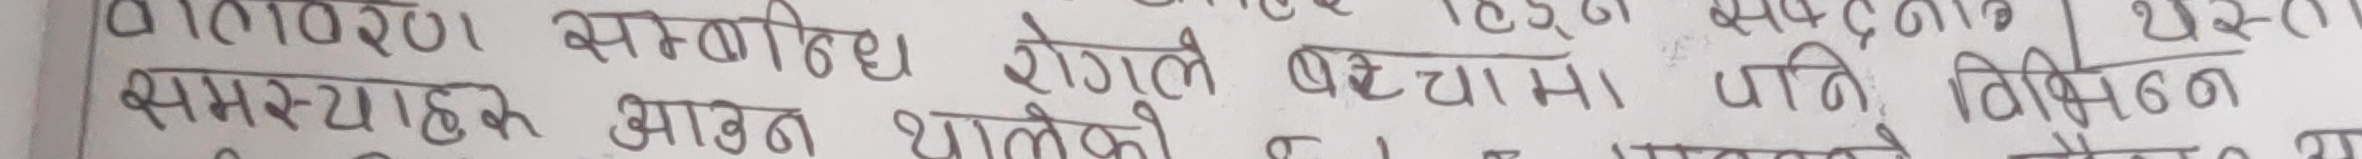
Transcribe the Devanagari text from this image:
वातावरण सम्बन्धि रोगले बचमा पनि विभिन्न
समस्याहरू आवत थालेको छ । यसले मानिस